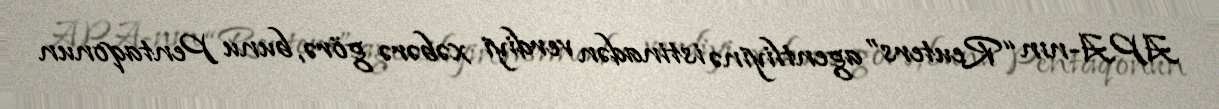
APA-nın “Reuters” agentliyinə istinadən verdiyi xəbərə görə, bunu Pentaqonun